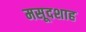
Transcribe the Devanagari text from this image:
मसूदशाह